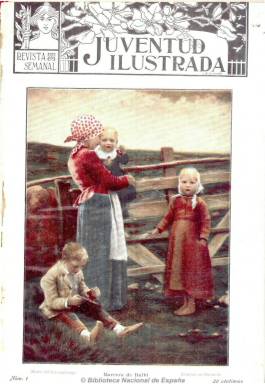
Título: Juventud ilustrada
Colección: Revistas infantiles
Ámbito geográfico: Barcelona
Lugar de publicación: Barcelona
Fechas: 02/12/1905-15/12/1906

Semanario que salía los sábados en Barcelona, a partir del dos de diciembre de 1905, de carácter educativo y divulgativo dirigido a la infancia y la juventud de ambos sexos a través de contenidos enciclopédicos de conocimientos humanos, que funda el impresor y periodista Alfred Pallardó i Bestard de la Torre (1855-1929), bajo los principios sentados por Friedrich Froebel (1782-1852), el pedagogo alemán del romanticismo creador de la educación preescolar, y basados en los procedimientos de la denominada escuela moderna. En su presentación se declara como la primera revista española que publica páginas de música ex profeso para la infancia, en cuya sección dará trozos inéditos de los mejores músicos españoles.

En entregas de veinte páginas, acompañadas de otras cuatro con un folletín encuadernable, están profusamente ilustradas con fotografías, reproducciones de obras pictóricas y dibujos, entre los que se encuentran las viñetas y tiras humorísticas. La cubierta es estampada a color, y la contracubierta, dedicada a la reproducción de mapas, también.

Sus textos están dedicados a los inventos tecnológicos (desde el telégrafo a la fotografía), a la creación literaria infantil y juvenil, a crónicas y reportajes de aventuras, a artículos divulgativos de ciencias, historia, geografía, biografía, efemérides, etc. También incluye información sobre los premios a estudiantes en diferentes colegios e instituciones pedagógicas, con fotografías, tanto de Barcelona (Escuela Normal de Maestras o Liceo Políglota), como de otras ciudades. Asimismo sus páginas se dedican a ejercicios aritméticos y al desarrollo de concursos. Entre sus secciones se encuentran “Juegos de ingenio” y “Artes femeniles”.

Algunas imágenes cedidas por TECNODOC.